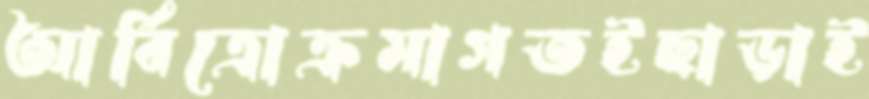
আর্বিত্রোক্রমাগতইছাড়াই